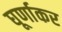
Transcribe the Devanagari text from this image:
घूर्णाकर